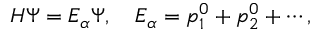
H \Psi = E _ { \alpha } \Psi , \quad E _ { \alpha } = p _ { 1 } ^ { 0 } + p _ { 2 } ^ { 0 } + \cdots ,